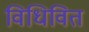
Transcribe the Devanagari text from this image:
विधिवित